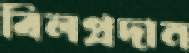
বিলপ্রদান